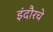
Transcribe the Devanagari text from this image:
इंदौरचे